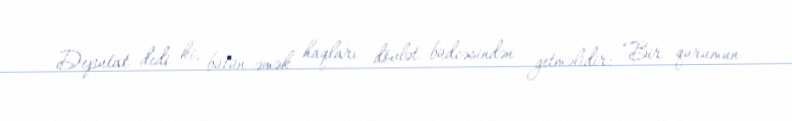
Deputat dedi ki, bütün əmək haqları dövlət büdcəsindən getməlidir: “Bir qurumun